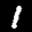
Label: 1